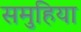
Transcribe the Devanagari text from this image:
समुहिया